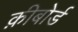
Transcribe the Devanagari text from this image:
क़ीबोर्ड